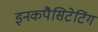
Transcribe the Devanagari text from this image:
इनकपैसिटेटिंग